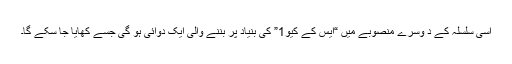
اسی سلسلہ کے د وسرے منصوبے میں “ایس کے کیو1” کی بنیاد پر بننے والی ایک دوائی ہو گی جسے کھایا جا سکے گا۔